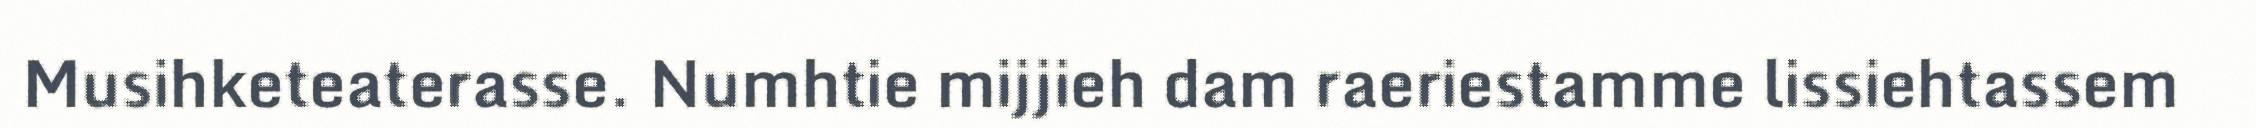
Musihketeaterasse. Numhtie mijjieh dam raeriestamme lissiehtassem